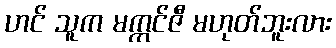
ဟင် သူက မက္ကင်ဇီ မဟုတ်ဘူးလား